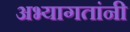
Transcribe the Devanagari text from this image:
अभ्यागतांनी